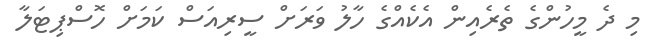
މި ދެ މީހުންގެ ތެރެއިން އެކެއްގެ ހާލު ވަރަށް ސީރިއަސް ކަމަށް ހޮސްޕިޓަލާ